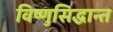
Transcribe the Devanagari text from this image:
विष्णुसिद्धान्त